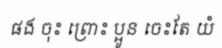
ផង ចុះ ព្រោះ ប្អូន ចេះតែ យំ